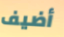
أضيف